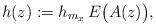
LaTeX: \begin{align*} h(z):= h_{m_x}\,E\big(A(z)\big),\end{align*}